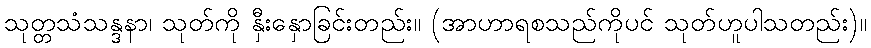
သုတ္တသံသန္ဒနာ၊ သုတ်ကို နှီးနှောခြင်းတည်း။ (အာဟာရစသည်ကိုပင် သုတ်ဟူပါသတည်း)။